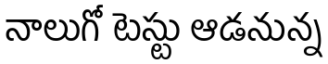
నాలుగో టెస్టు ఆడనున్న